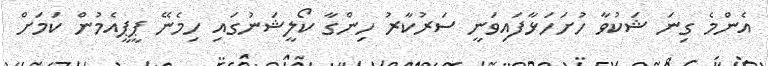
އެންމެ ގިނަ ޝަކުވާ ހުށަހަޅާފައިވަނީ ސަރުކާރު ހިންގާ ކޯލީޝަނުގައި ހިމެނޭ ޕީޕީއެމުން ކަމަށް